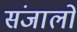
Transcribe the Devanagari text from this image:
संजालो